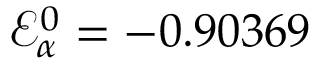
\mathcal { E } _ { \alpha } ^ { 0 } = - 0 . 9 0 3 6 9